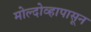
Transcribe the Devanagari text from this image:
मोल्दोव्हापासून